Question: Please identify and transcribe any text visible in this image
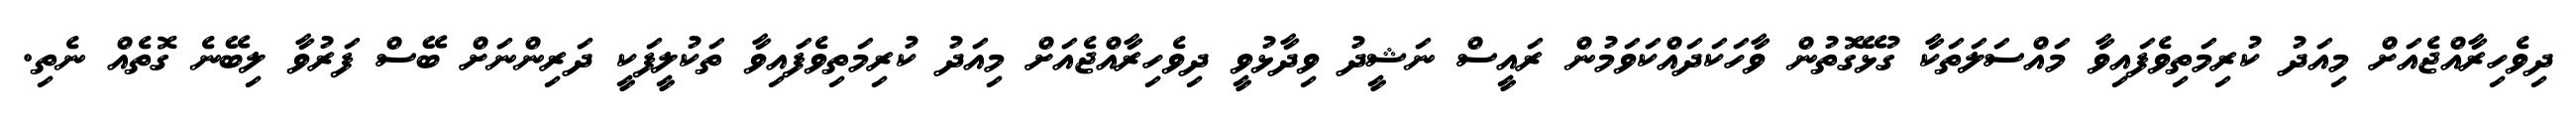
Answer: ދިވެހިރާއްޖެއަށް މިއަދު ކުރިމަތިވެފައިވާ މައްސަލަތަކާ ގުޅޭގޮތުން ވާހަކަދައްކަވަމުން ރައީސް ނަޝީދު ވިދާޅުވީ ދިވެހިރާއްޖެއަށް މިއަދު ކުރިމަތިވެފައިވާ ތަކުލީފަކީ ދަރިންނަށް ބޭސް ފަރުވާ ލިބޭނެ ގޮތެއް ނެތި.